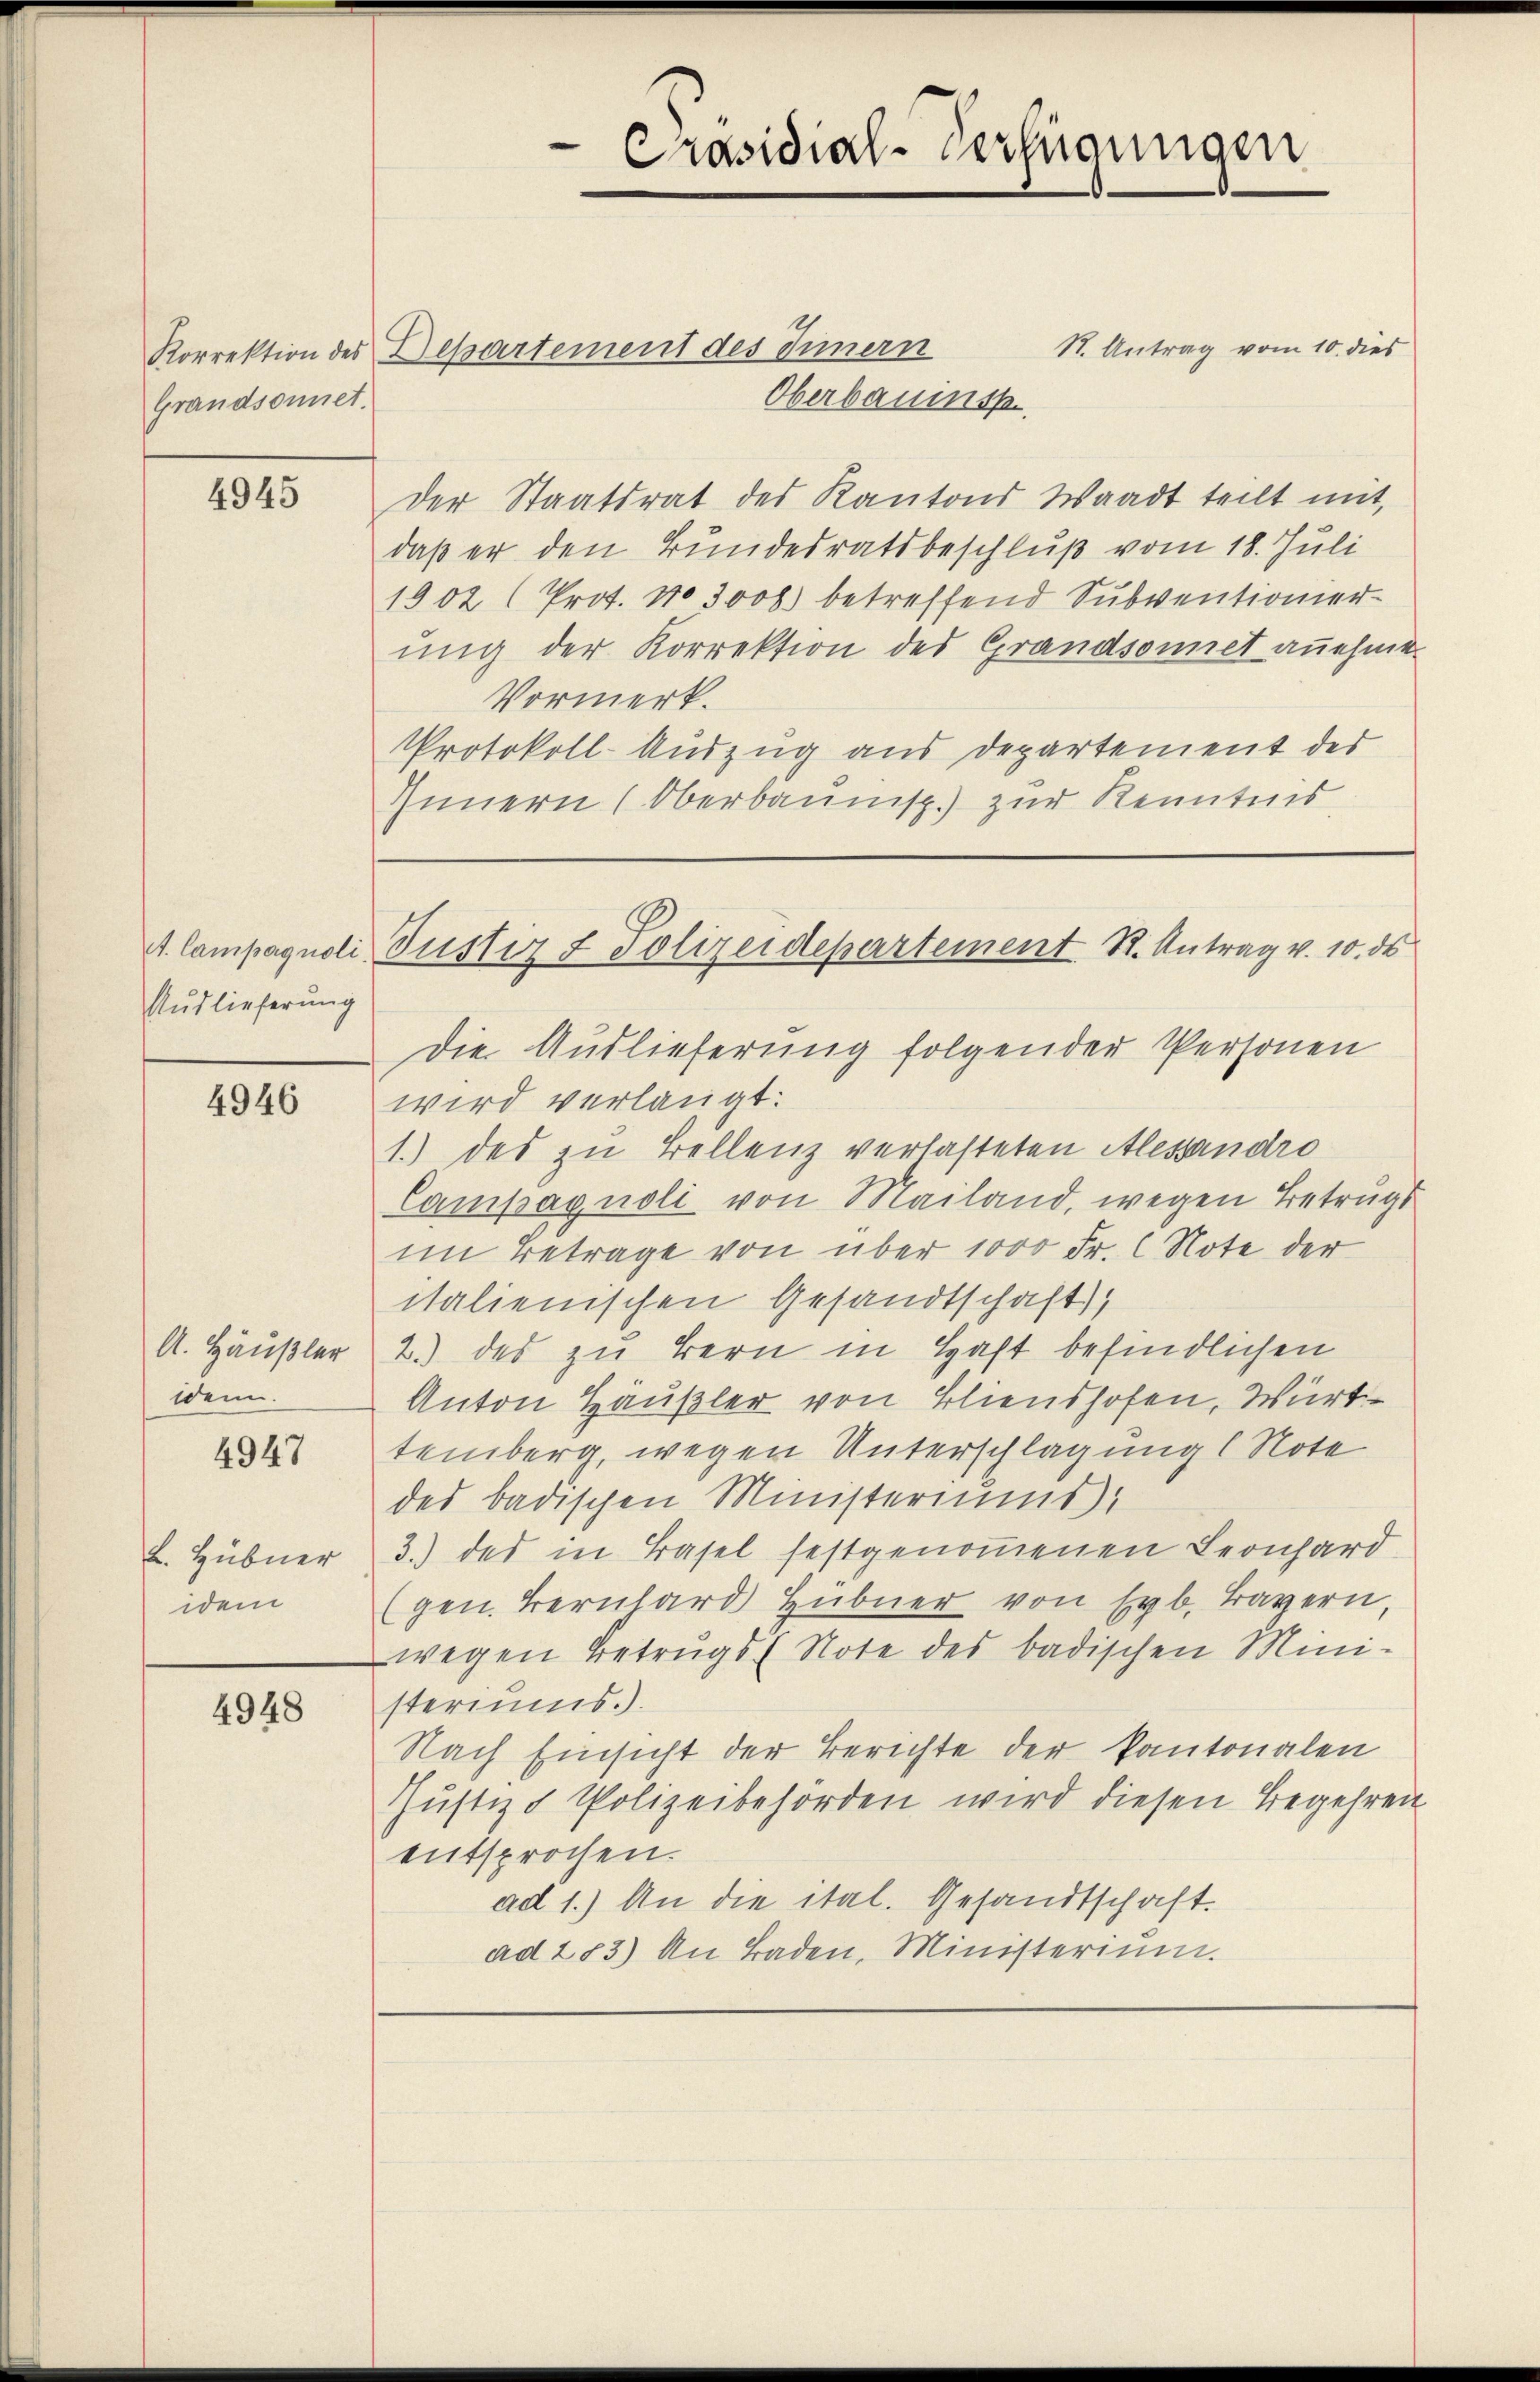
Grandsonnet.

4945

A. Campagnoli.
Auslieferung

4946

A. Häusler
Wenn
4947

L. Hübner
idem

4948

St. Antrag vom 10. dies
Oberbauinsp
der Staatsrat des Kantons Waadt teilt mit,
daß er den Bundesratsbeschluß vom 18. Juli
1902 (Prot. No 3000) betreffend Subventionierung der Korrektion des Grandsonnet anehmen
Vormerk.
Protokoll-Auszug aus Departement der
Innern (Oberbaunisp.) zur Kenntens

Korrektion des Departement des Innern

d
Präsidial-Verfügungen

Justiz & Polizeidepartement St. Antrag v. 10. ds

Die Auslieferung folgender Personen
wird verlangt:
1.) des zu Bellenz verlasteten Alessandro
Campagnoli von Mailand, wegen Betrugs
im Betrage von über 1000 Fr. 6 Note der
italienischen Gesandtschaft,
2.) des zu Bern in Haft befindlichen
Anton Häusler von Blienshofen, Württemberg wegen Unterschlagung l Note
des badischen Ministeriums
3.) des in Basel festgenoṁenen Leonhard
(gen. Bernhard Hübner von Egb. Bayern,
wegen Betrugs (Note des badischen Mini-
steriums.).
Nach Einsicht der Berichte der Pantonalen
Justiz & Polizeibehörden wird diesen Begehren
entsprochen.
ad 1.) An die ital. Gesandtschaft.
ad 283) An Baden, Ministerium.